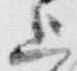
上